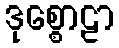
ဒုစ္စောဠာ